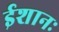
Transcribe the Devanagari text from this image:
ईशानः